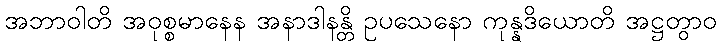
အဘာဝါတိ အဝုစ္စမာနေန အနာဒါနန္တိ ဥပသေနော ကုန္နဒိယောတိ အဋ္ဌတွာဝ